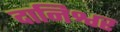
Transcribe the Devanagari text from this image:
दानिश्वर